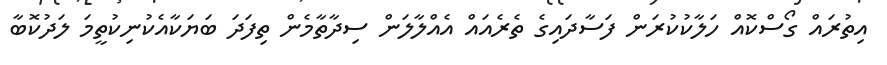
އިތުރައް ގޯސްކޮއް ހަލާކުކުރަން ފަސާދައިގެ ތެރެއައް އެއްލާލަން ސިދާތާމެން ތިފަދަ ބަޔަކާއެކުނިކުތީމަ ލަދުކޮބާ